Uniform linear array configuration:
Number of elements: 64
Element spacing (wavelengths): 0.25
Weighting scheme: cosine
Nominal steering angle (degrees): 0
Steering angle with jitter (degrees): -1.161
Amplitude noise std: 0.05
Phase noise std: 0.05

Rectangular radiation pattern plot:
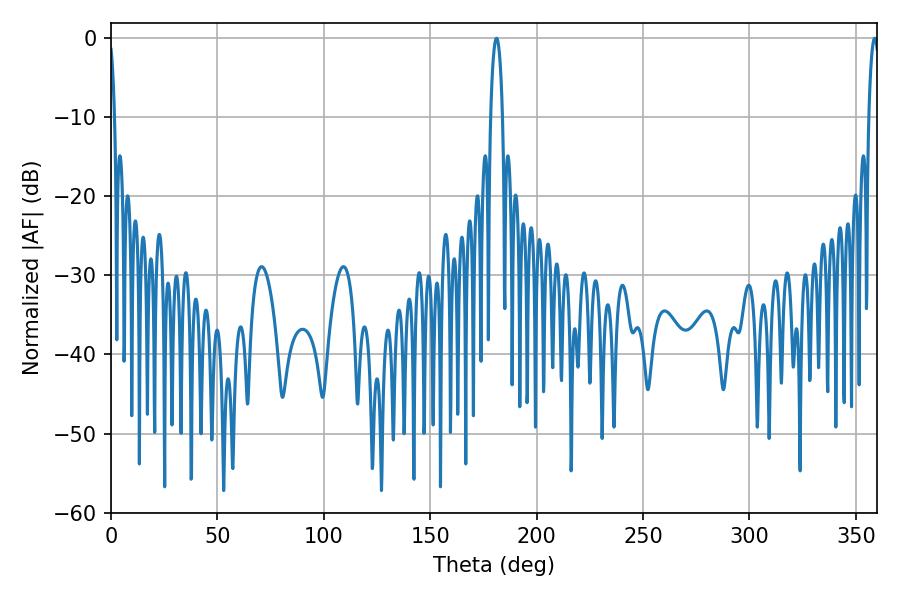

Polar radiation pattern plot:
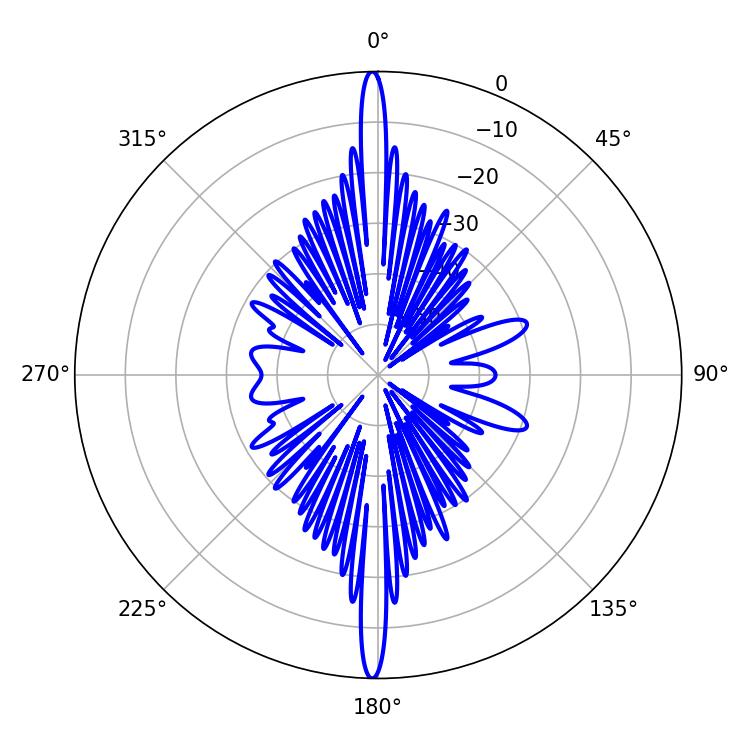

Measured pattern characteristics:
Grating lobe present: FALSE
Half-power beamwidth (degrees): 3.06
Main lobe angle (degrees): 181.08